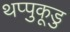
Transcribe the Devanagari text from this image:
थप्पुकूडु